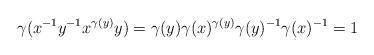
LaTeX: \begin{align*} \gamma(x^{-1} y^{-1} x^{\gamma(y)} y) = \gamma(y) \gamma(x)^{\gamma(y)} \gamma(y)^{-1} \gamma(x)^{-1} = 1 \end{align*}